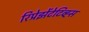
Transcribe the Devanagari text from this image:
रिप्रेझेंटेटिव्ह्स